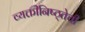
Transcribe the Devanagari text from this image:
व्यक्तीनिष्ठ्तेची